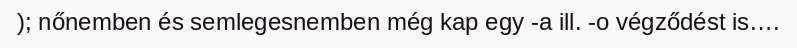
); nőnemben és semlegesnemben még kap egy -a ill. -o végződést is….